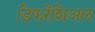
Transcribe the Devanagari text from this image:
डिफरेंशिअल